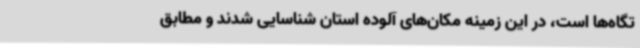
تگاه‌ها است، در این زمینه مکان‌های آلوده استان شناسایی شدند و مطابق